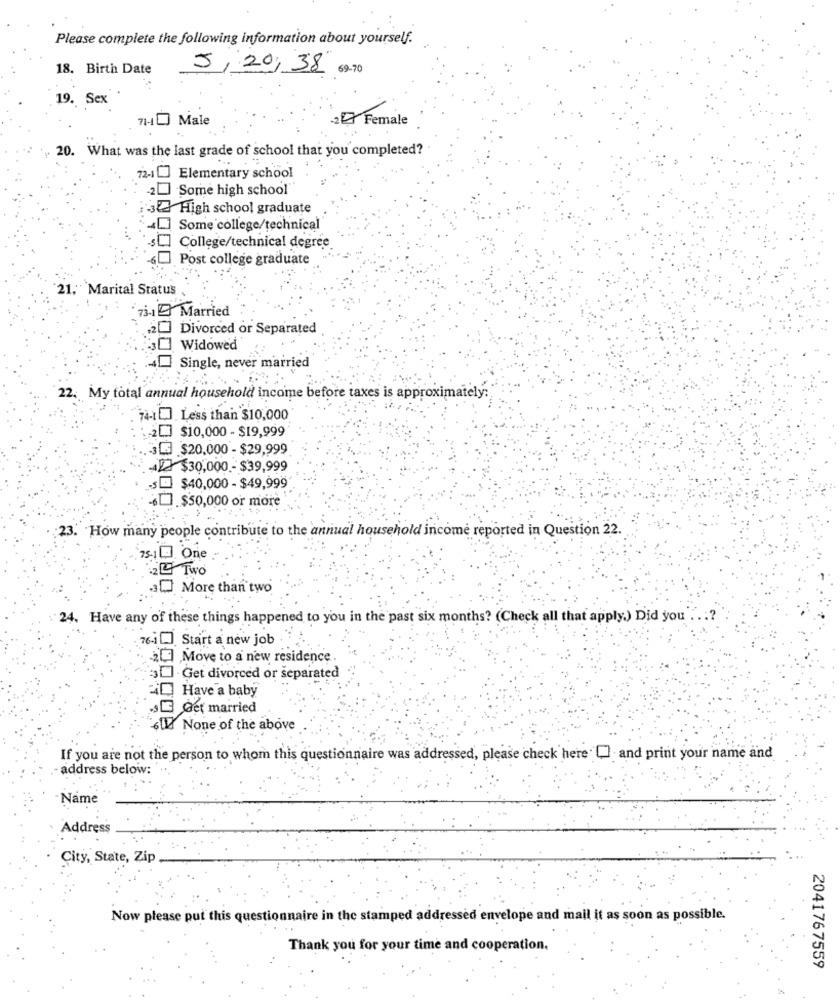
Please complete the following information about yourself.
18. Birth Date
5/20/38 69.70
19. Sex
71-1 Male
Female
20. What was the last grade of school that you completed?
72-1 [] Elementary school
"Some high school'
High school graduate
Some college/technical
College/technical degree
Post college graduate
21. Marital Status
73-1 Married
Divorced or Separated
Widowed
Single, never married
22. My total annual household income before taxes is approximately:
74-1]. Less than $10,000
-2L.] $10,000 - $19,999
30 $20,000 - $29,999
$30,000 .- $39,99
5 $40,000 - $49,999
.$50,000 or more
23. How many people contribute to the annual household income reported in Question 22.
75-10 One
24 Two
3 More than two
24. Have any of these things happened to you in the past six months? (Check all that apply.) Did you
76-1 [.]. Start a new job
2] Move to a new residence .
3-Get divorced or separated
D Have a baby
s Get married
611 None of the above
If you are not the person to whom this questionnaire was addressed, please check here" [ and print your name and
address below:
Name
Address
City, State, Zip
Now please put this questionnaire in the stamped addressed envelope and mail it as soon as possible.
Thank you for your time and cooperation.
2041767559